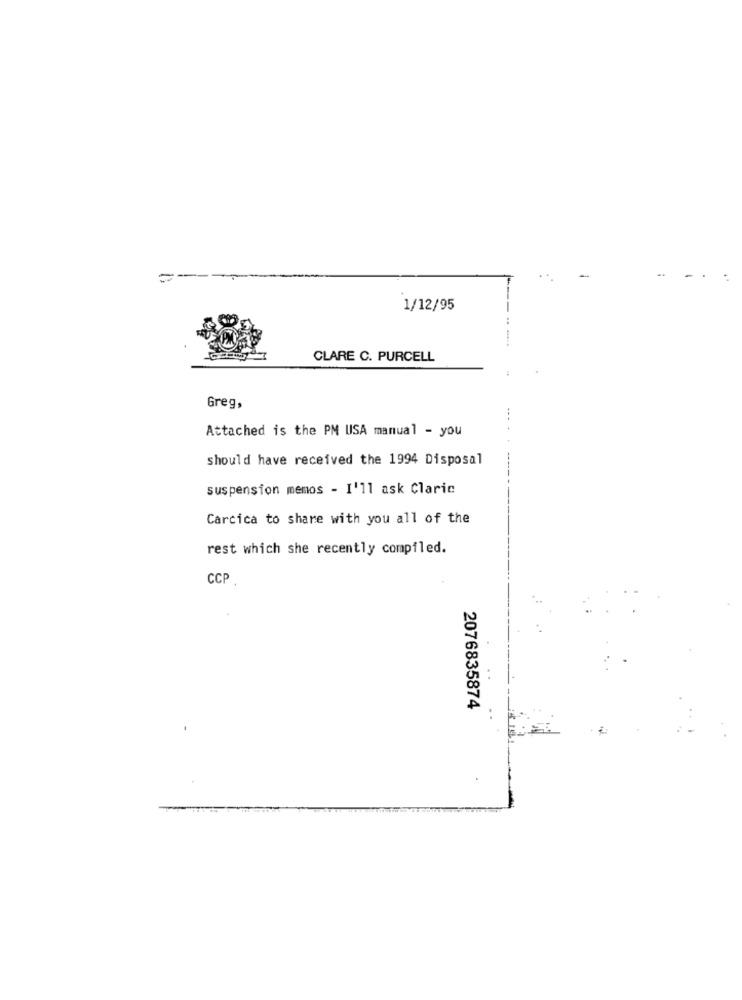
1/12/95
CLARE C. PURCELL
Greg,
Attached is the PM USA manual - you
should have received the 1994 Disposal
suspension memos - I'll ask Claric
Carcica to share with you all of the
rest which she recently compiled.
CCP
2076835874